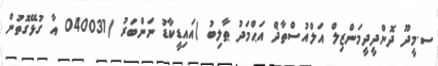
ސ.މީދޫ ދޮންދީދީމަންޒިލް އަލްއުސްތާޛް އަޙްމަދު ޠާލިބު (އައިޑީކާޑު ނަންބަރު (040031 އާ ގުޅޭގޮތުން